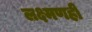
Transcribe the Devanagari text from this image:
लक्ष्मणही